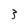
Character: 3